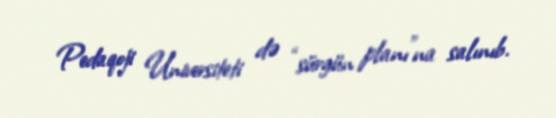
Pedaqoji Universiteti də “sürgün planı”na salınıb.